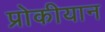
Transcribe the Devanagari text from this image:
प्रोकीयान